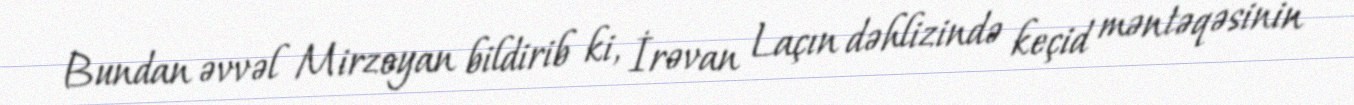
Bundan əvvəl Mirzoyan bildirib ki, İrəvan Laçın dəhlizində keçid məntəqəsinin